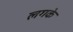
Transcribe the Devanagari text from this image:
लगके